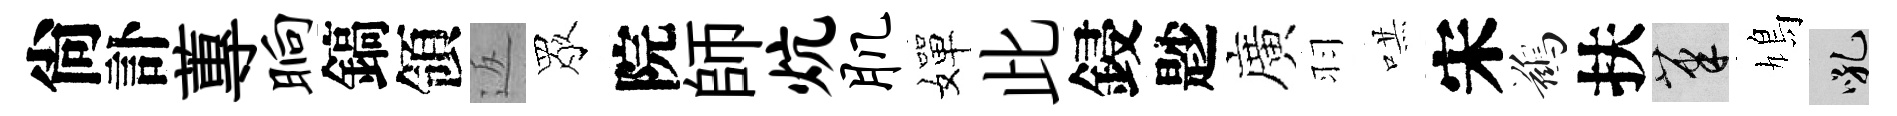
尙訃蓴晌鎬領返眾院師炕肌嬋此鋟尟廣羽哄宋鷀扶筆鳩吼